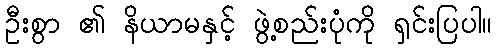
ဦးစွာ ၏ နိယာမနှင့် ဖွဲ့စည်းပုံကို ရှင်းပြပါ။